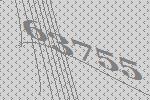
63755